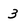
Character: 3